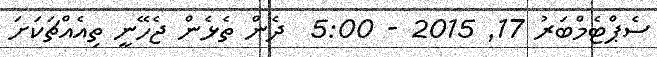
ސެޕްޓެމްބަރު 17